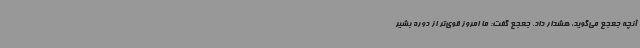
آنچه جعجع می‌گوید، هشدار داد. جعجع گفت: ما امروز قوی‌تر از دوره بشیر